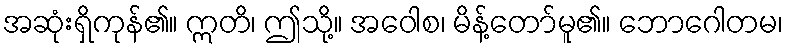
အဆုံးရှိကုန်၏။ ဣတိ၊ ဤသို့။ အဝေါစ၊ မိန့်တော်မူ၏။ ဘောဂေါတမ၊